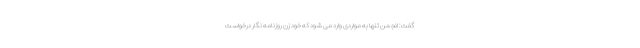
گفت: انجمن تنها به مواردی وارد می شود که خود زن روزنامه نگار درخواست